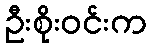
ဦးစိုးဝင်းက